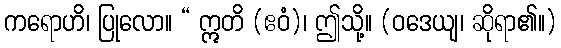
ကရောဟိ၊ ပြုလော။ “ ဣတိ (ဧဝံ)၊ ဤသို့။ (ဝဒေယျ၊ ဆိုရာ၏။)